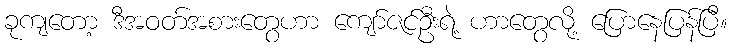
ခုကျတော့ ဒီအဝတ်အစားတွေဟာ ကျော်ဇင်ဦးရဲ့ ဟာတွေလို့ ပြောနေပြန်ပြီ။